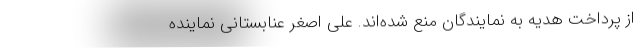
از پرداخت هدیه به نمایندگان منع شده‌اند. علی اصغر عنابستانی نماینده